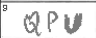
Transcription: QPU